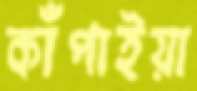
কাঁপাইয়া